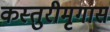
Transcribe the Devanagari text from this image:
कस्तुरीमृगास